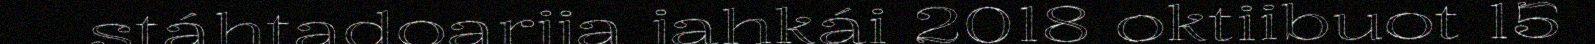
stáhtadoarjja jahkái 2018 oktiibuot 15